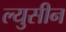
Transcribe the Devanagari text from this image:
ल्युसीन